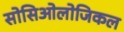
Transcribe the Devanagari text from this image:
सोसिओलोजिकल